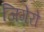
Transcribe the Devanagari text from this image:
जिगेरो